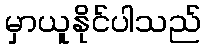
မှာယူနိုင်ပါသည်